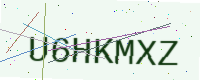
Text: U6HKMXZ